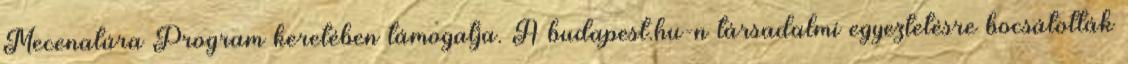
Mecenatúra Program keretében támogatja. A budapest.hu-n társadalmi egyeztetésre bocsátották